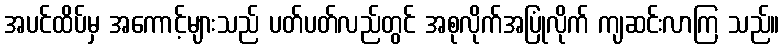
အပင်ထိပ်မှ အကောင့်များသည် ပတ်ပတ်လည်တွင် အစုလိုက်အပြုံလိုက် ကျဆင်းလာကြ သည်။